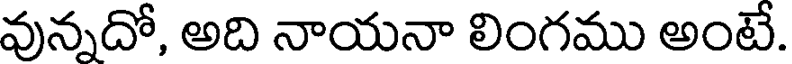
వున్నదో, అది నాయనా లింగము అంటే.